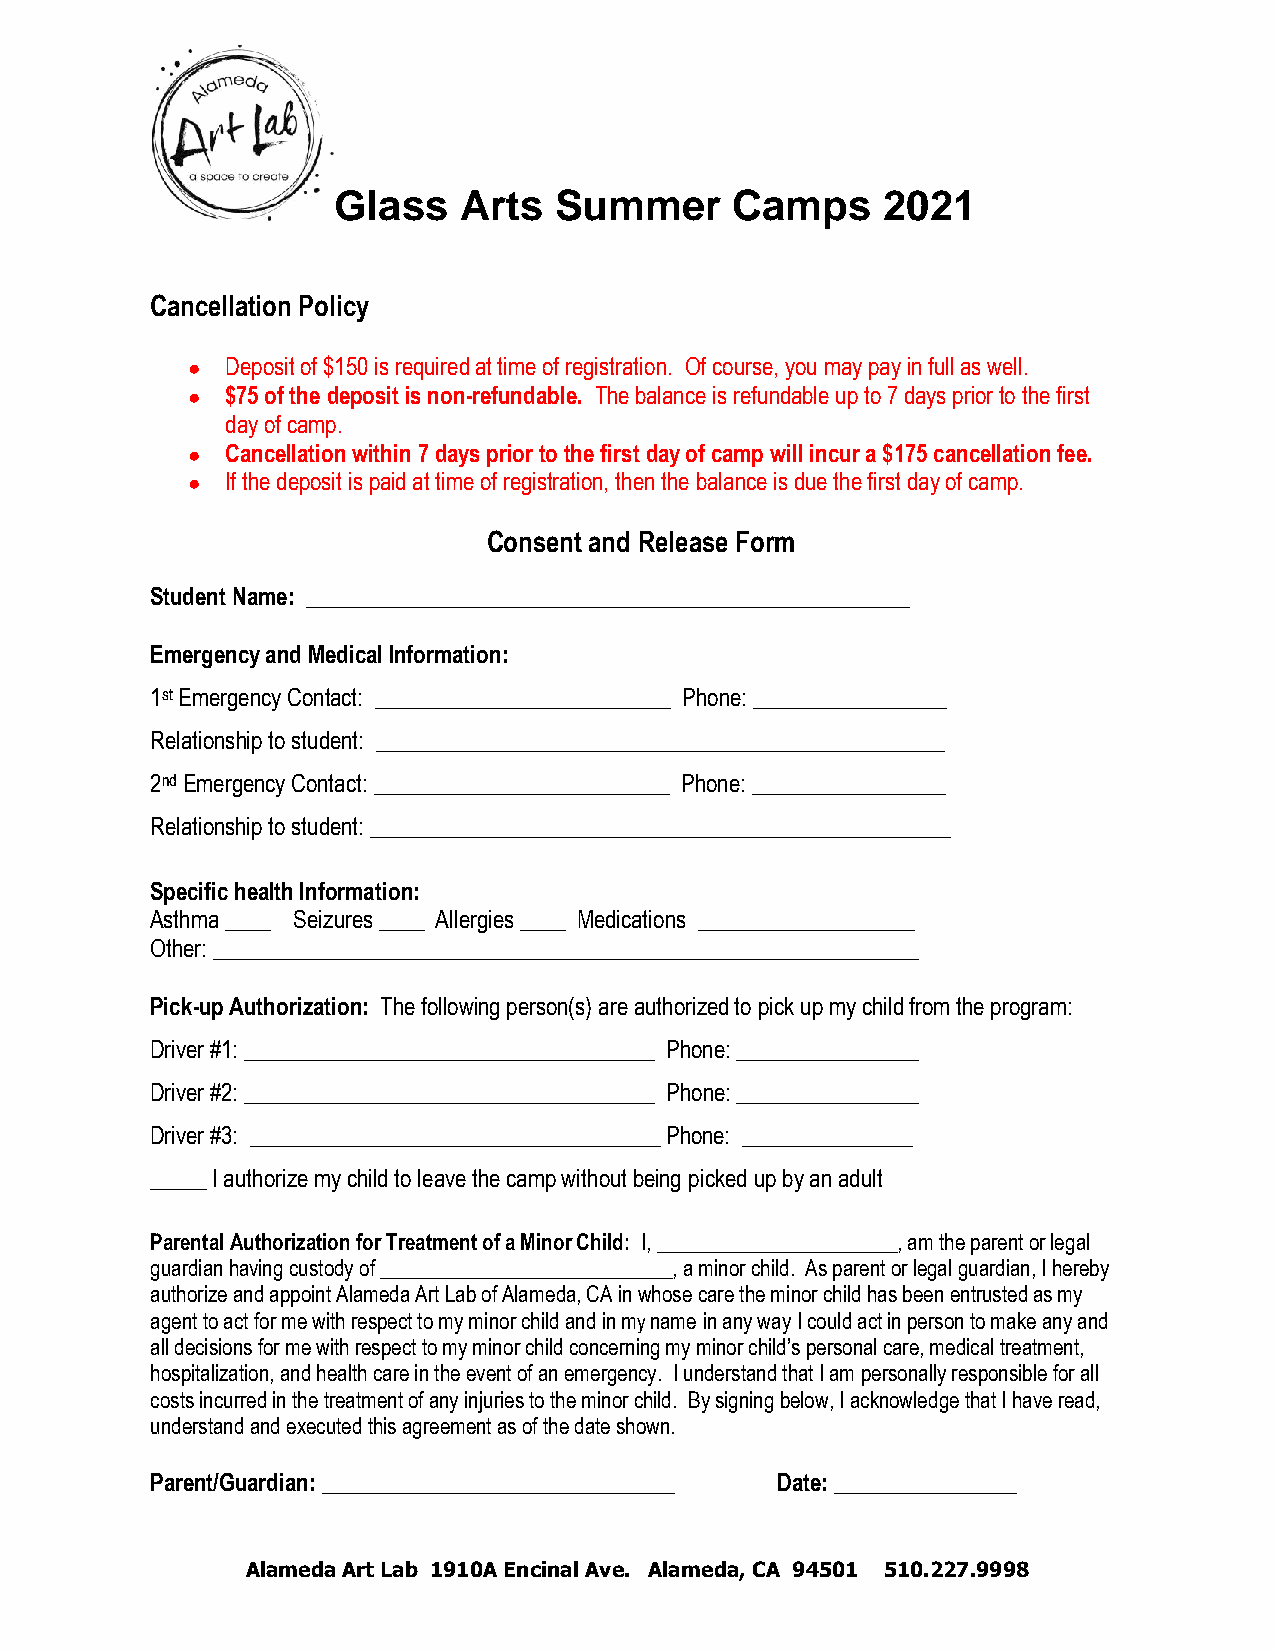
Glass   Arts   Summer     Camps     2021
 Cancellation Policy
 ●  Deposit of $150 is required at time of registration. Of course, you may pay in full as well.
 ●  $75 of the deposit is non-refundable. The balance is refundable up to 7 days prior to the first
 day of camp.
 ●  Cancellation within 7 days prior to the first day of camp will incur a $175 cancellation fee.
 ●  If the deposit is paid at time of registration, then the balance is due the first day of camp.
 Consent and Release Form
 Student Name: _____________________________________________________
 Emergency and Medical Information:
 1st Emergency Contact: __________________________ Phone: _________________
 Relationship to student: __________________________________________________
 2nd Emergency Contact: __________________________ Phone: _________________
 Relationship to student: ___________________________________________________
 Specific health Information:
 Asthma ____ Seizures ____ Allergies ____ Medications ___________________
 Other: ______________________________________________________________
 Pick-up Authorization: The following person(s) are authorized to pick up my child from the program:
 Driver #1: ____________________________________ Phone: ________________
 Driver #2: ____________________________________ Phone: ________________
 Driver #3: ____________________________________ Phone: _______________
 _____ I authorize my child to leave the camp without being picked up by an adult
 Parental Authorization for Treatment of a Minor Child: I, _______________________, am the parent or legal
 guardian having custody of ____________________________, a minor child. As parent or legal guardian, I hereby
 authorize and appoint Alameda Art Lab of Alameda, CA in whose care the minor child has been entrusted as my
 agent to act for me with respect to my minor child and in my name in any way I could act in person to make any and
 all decisions for me with respect to my minor child concerning my minor child’s personal care, medical treatment,
 hospitalization, and health care in the event of an emergency. I understand that I am personally responsible for all
 costs incurred in the treatment of any injuries to the minor child. By signing below, I acknowledge that I have read,
 understand and executed this agreement as of the date shown.
 Parent/Guardian: _______________________________ Date: ________________
 Alameda Art Lab 1910A Encinal Ave. Alameda, CA 94501 510.227.9998